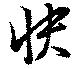
快